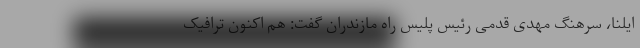
ایلنا، سرهنگ مهدی قدمی رئیس پلیس راه مازندران گفت: هم اکنون ترافیک